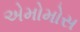
એમોમોસ